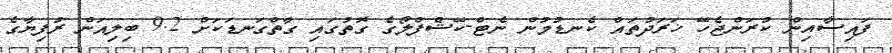
ފައިސާއިން ކުރަންޖެހޭ ޚަރަދުތައް ކެނޑުމުން ނެޓް-ކޭޝްފްލޯގެ ގޮތުގައި ގާތްގަނޑަކަށް 9.2 ބިލިއަން ރުފިޔާގެ